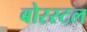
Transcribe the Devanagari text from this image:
बोरस्टल